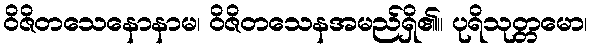
ဝိဇိတသေနောနာမ၊ ဝိဇိတသေနအမည်ရှိ၏။ ပုရိသုတ္တမော၊